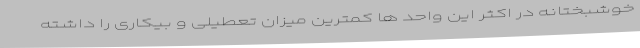
خوشبختانه در اکثر این واحد ها کمترین میزان تعطیلی و بیکاری را داشته